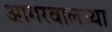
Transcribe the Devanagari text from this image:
आगरवालच्या